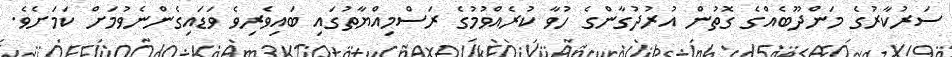
ސަރުކާރުގެ މަންދޫބެއްގެ ގޮތުން އުރުދުގާންގެ ހުވާ ކުރެއްވުމުގެ ރަސްމިއްޔާތުގައި ބައިވެރިވެ ވަޑައިގެންނެވުމަށް ކަމަށެވެ.